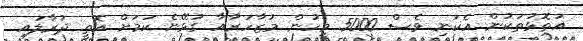
އަތޮޅުތަކުން އެކަނި ވެސް 5000 މީހުން މުޒާހަރާއާ ގުޅޭނެ ކަމަށް އޮތީ ދުރާލައި